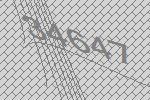
34647